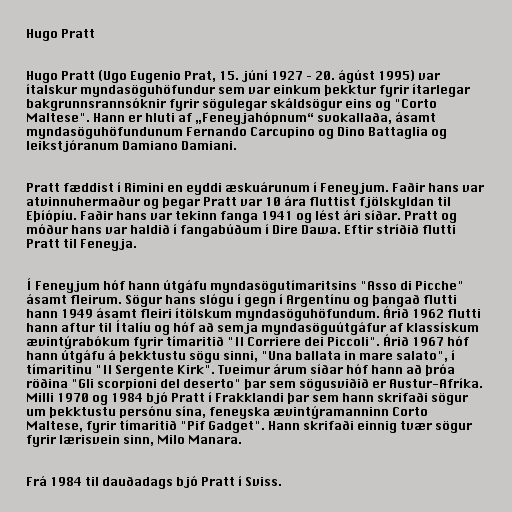
Hugo Pratt

Hugo Pratt (Ugo Eugenio Prat, 15. júní 1927 – 20. ágúst 1995) var
ítalskur myndasöguhöfundur sem var einkum þekktur fyrir ítarlegar
bakgrunnsrannsóknir fyrir sögulegar skáldsögur eins og "Corto
Maltese". Hann er hluti af „Feneyjahópnum“ svokallaða, ásamt
myndasöguhöfundunum Fernando Carcupino og Dino Battaglia og
leikstjóranum Damiano Damiani.

Pratt fæddist í Rimini en eyddi æskuárunum í Feneyjum. Faðir hans var
atvinnuhermaður og þegar Pratt var 10 ára fluttist fjölskyldan til
Eþíópíu. Faðir hans var tekinn fanga 1941 og lést ári síðar. Pratt og
móður hans var haldið í fangabúðum í Dire Dawa. Eftir stríðið flutti
Pratt til Feneyja.

Í Feneyjum hóf hann útgáfu myndasögutímaritsins "Asso di Picche"
ásamt fleirum. Sögur hans slógu í gegn í Argentínu og þangað flutti
hann 1949 ásamt fleiri ítölskum myndasöguhöfundum. Árið 1962 flutti
hann aftur til Ítalíu og hóf að semja myndasöguútgáfur af klassískum
ævintýrabókum fyrir tímaritið "Il Corriere dei Piccoli". Árið 1967 hóf
hann útgáfu á þekktustu sögu sinni, "Una ballata in mare salato", í
tímaritinu "Il Sergente Kirk". Tveimur árum síðar hóf hann að þróa
röðina "Gli scorpioni del deserto" þar sem sögusviðið er Austur-Afríka.
Milli 1970 og 1984 bjó Pratt í Frakklandi þar sem hann skrifaði sögur
um þekktustu persónu sína, feneyska ævintýramanninn Corto
Maltese, fyrir tímaritið "Pif Gadget". Hann skrifaði einnig tvær sögur
fyrir lærisvein sinn, Milo Manara.

Frá 1984 til dauðadags bjó Pratt í Sviss.